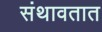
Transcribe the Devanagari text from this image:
संथावतात